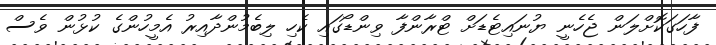
ފާހަގަކޮށްލަން ޖެހެނީ ޔުނައިޓެޑަށް ޓްރާންފާ ވިންޑޯގައި ކެހި ލިބެމުންދާއިރު އެމީހުންގެ ކުޅުން ވެސް